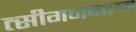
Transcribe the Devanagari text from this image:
त्सीगनबाल्ग